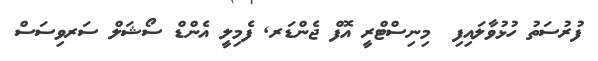
ފުރުސަތު ހުޅުވާލައިފި  މިނިސްޓްރީ އޮފް ޖެންޑަރ